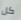
كل